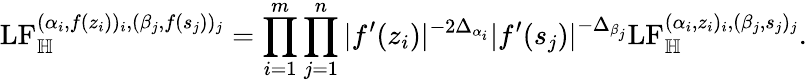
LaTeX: \mathrm{LF}_{\mathbb H}^{(\alpha_{i},f(z_{i}))_{i},(\beta_{j},f(s_{j}))_{j}}=\prod_{i=1}^{m}\prod_{j=1}^{n}|f^{\prime}(z_{i})|^{-2\Delta_{\alpha_{i}}}|f^{\prime}(s_{j})|^{-\Delta_{\beta_{j}}}\mathrm{LF}_{\mathbb H}^{(\alpha_{i},z_{i})_{i},(\beta_{j},s_{j})_{j}}.